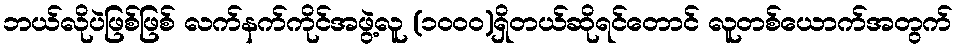
ဘယ်လိုပဲဖြစ်ဖြစ် လက်နက်ကိုင်အဖွဲ့လူ (၁၀၀၀)ရှိတယ်ဆိုရင်တောင် လူတစ်ယောက်အတွက်